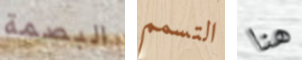
البصمة التسمم هنا